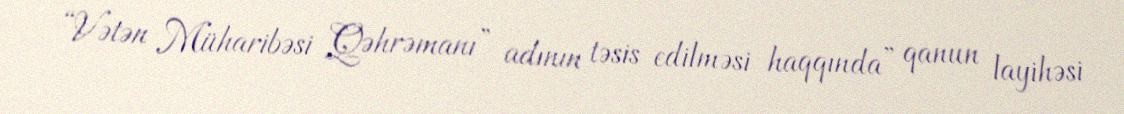
“Vətən Müharibəsi Qəhrəmanı” adının təsis edilməsi haqqında” qanun layihəsi